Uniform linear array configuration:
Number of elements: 64
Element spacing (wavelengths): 0.25
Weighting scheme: exponential
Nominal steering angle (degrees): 45
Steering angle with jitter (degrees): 43.217
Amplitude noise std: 0.05
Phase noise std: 0.05

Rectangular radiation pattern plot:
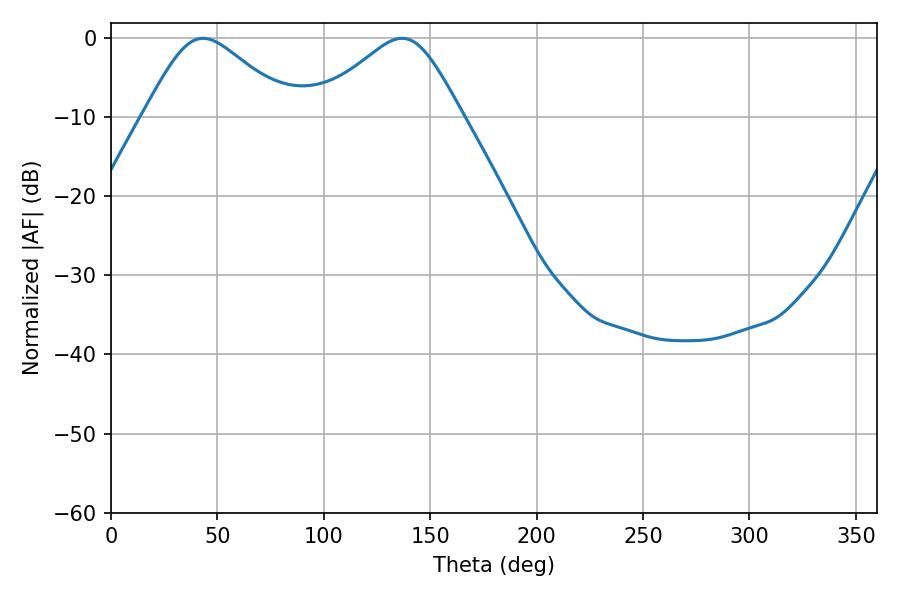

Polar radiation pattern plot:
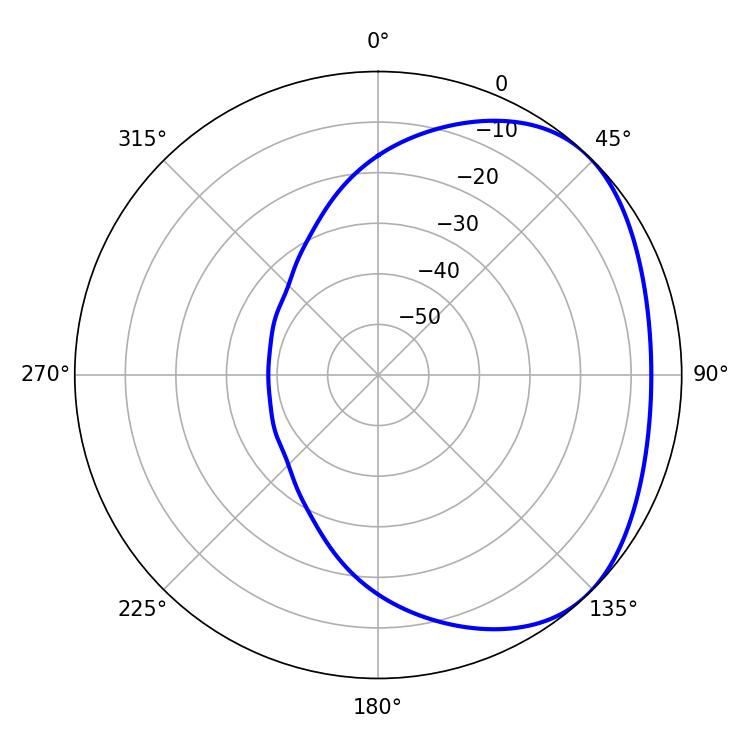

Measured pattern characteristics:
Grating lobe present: FALSE
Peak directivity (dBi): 2.967
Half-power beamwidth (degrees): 33.84
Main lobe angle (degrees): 43.2